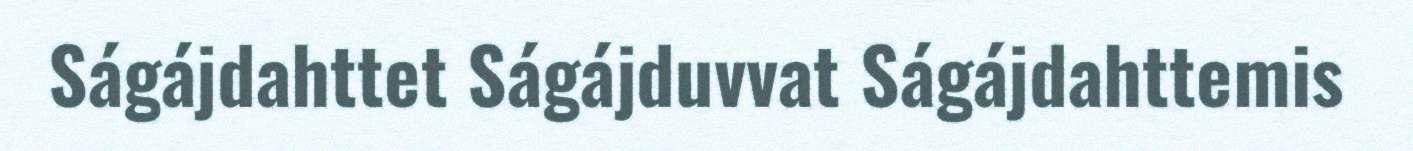
Ságájdahttet Ságájduvvat Ságájdahttemis